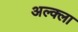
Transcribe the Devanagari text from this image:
अल्क्ला